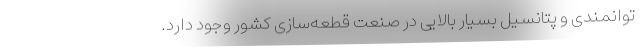
توانمندی و پتانسیل بسیار بالایی در صنعت قطعه‌سازی کشور وجود دارد.